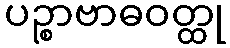
ပဉ္စာဗာဓဝတ္ထု